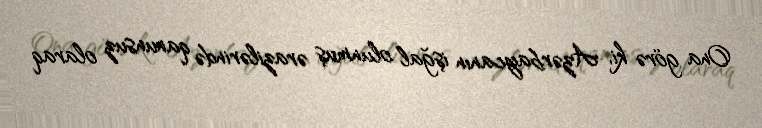
Ona görə ki, Azərbaycanın işğal olunmuş ərazilərində qanunsuz olaraq